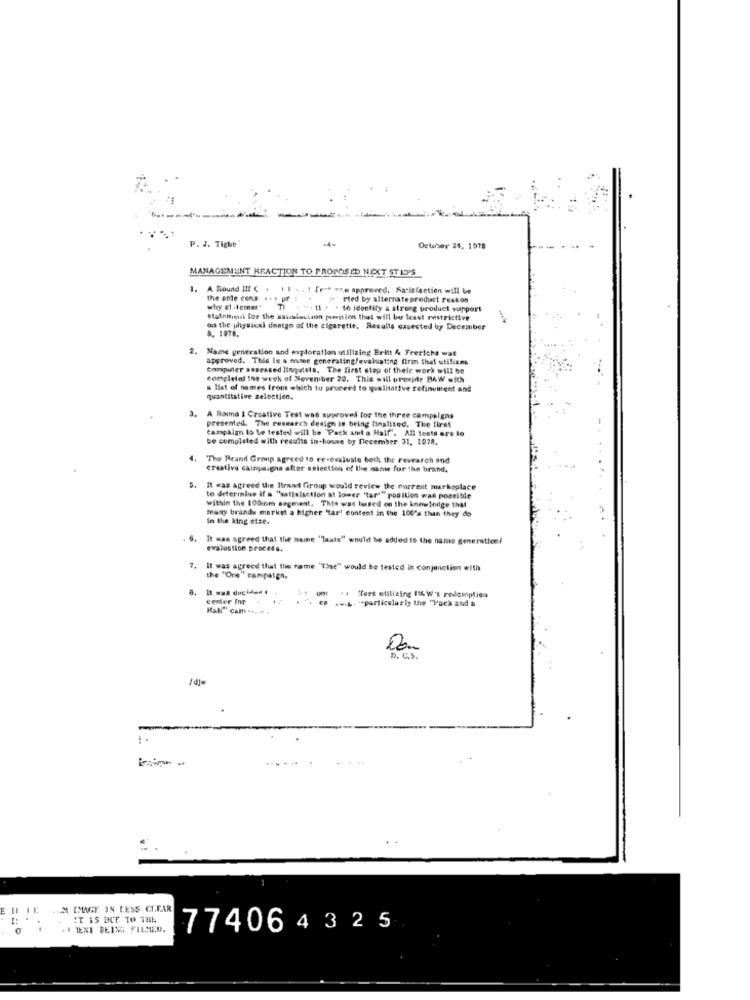
-4-
P. J. Tight
October 24, 1918
MANAGEMENT REACTION TO PROPOSED NEXT STEPS
1.
. 1 [re* * z.e approved. Satisfaction will be
the sole cons. .. . ur .
t. rted by alternatepredict reason
why el .kemer"
TI . ". 11 . . to identify a strong product support
statnieni for the sausfection permien that will be least restrictive
8. 1978,
on the physical design of the cigarette, Results casested by December
2. Name generation and exploration utilizing Britt & Frerichs wat
approved. This Is a mme generating/evaluating firm that utilizes
Computer assessed linguists. The first step of their work will be
completei the week of November 20. This will provide BAW with
. list of names from which tu proceed to qualitative refinvinent and
quantitative selectien.
3.
A Round I Creative Test was approved for the three campalgas
presented. The research design is being finalised. The first
campaign to be tested will be 'Pack and a Half'. All tests are lo
be completed with results in-house by December 31, 1978.
The Brand Group agreed to re-evaluate both the research and
creative campaigns after selection of the same for the brand,
5.
It was agreed the Brand Group would review the current markoplace
within the 100mm segment. This was based on the knowledge that
to determine if a "sattalaction at lower "tar""position was possible
many brands market a higher "tart content in the 100's than they do
In the king size.
It was agreed that the name "Taats" would be added to the name generation/
evalustion process.
It was agreed that the name "The" would be tested in conjunction with
the "One" canipaign.
8.
cemer Ing
.. L. - particularly the "Pack and a
. . "fers etilizing II W's redomplica
Hall" cam .
Dan
D. C.S.
IM IMAGE 19 LESS CLEAR
1: .
IT IS DUE TO THE
. I TENI BEING FILLED.
774064325